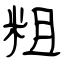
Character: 粗